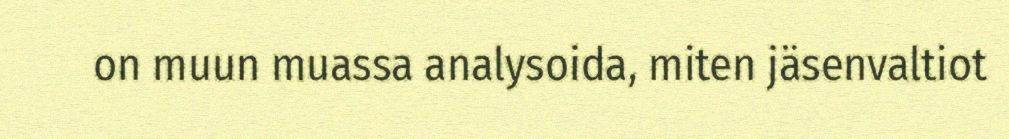
on muun muassa analysoida, miten jäsenvaltiot